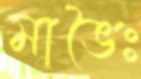
মাভৈঃ